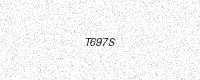
Text: T697S